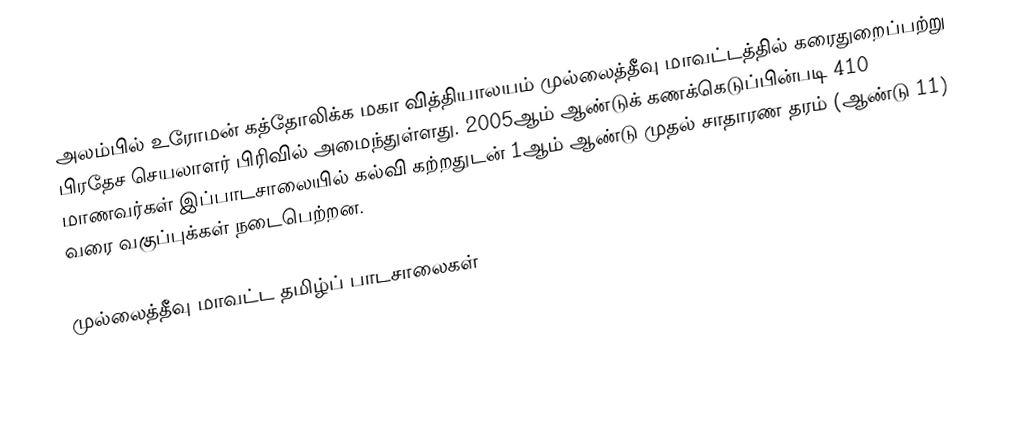
அலம்பில் உரோமன் கத்தோலிக்க மகா வித்தியாலயம் முல்லைத்தீவு மாவட்டத்தில் கரைதுறைப்பற்று பிரதேச செயலாளர் பிரிவில் அமைந்துள்ளது. 2005ஆம் ஆண்டுக் கணக்கெடுப்பின்படி 410 மாணவர்கள் இப்பாடசாலையில் கல்வி கற்றதுடன் 1ஆம் ஆண்டு முதல் சாதாரண தரம் (ஆண்டு 11) வரை வகுப்புக்கள் நடைபெற்றன.

முல்லைத்தீவு மாவட்ட தமிழ்ப் பாடசாலைகள்